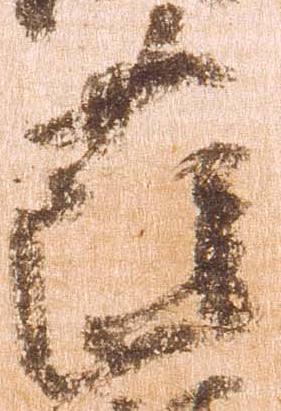
薩